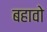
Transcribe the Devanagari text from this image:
बहावो